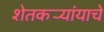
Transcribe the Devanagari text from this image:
शेतकर्‍यांयाचे